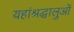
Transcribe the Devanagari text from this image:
यहांश्रद्धालुओं